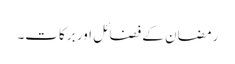
رمضان کے فضائل اور برکات۔